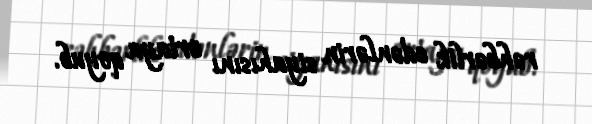
rəhbərlik edənlərin siyahısını ortaya qoyub.